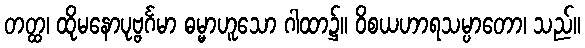
တတ္ထ၊ ထိုမနောပုဗ္ဗင်္ဂမာ ဓမ္မာဟူသော ဂါထာ၌။ ဝိစယဟာရသမ္ပာတော၊ သည်။